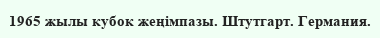
1965 жылы кубок жеңімпазы. Штутгарт. Германия.